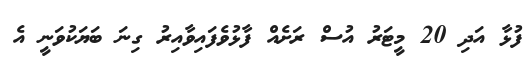
ފުޅާ އަދި 20 މީޓަރު އުސް ރަށެއް ފާޅުވެފައިވާއިރު ގިނަ ބަޔަކުވަނީ އެ